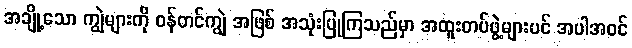
အချို့သော ကျွဲများကို ဝန်တင်ကျွဲ အဖြစ် အသုံးပြုကြသည်မှာ အထူးတပ်ဖွဲ့များပင် အပါအဝင်